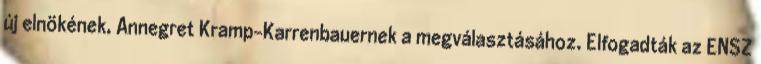
új elnökének, Annegret Kramp-Karrenbauernek a megválasztásához. Elfogadták az ENSZ